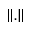
\left\Vert . \right\Vert